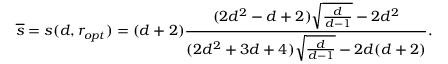
\overline { { s } } = s ( d , r _ { o p t } ) = ( d + 2 ) \frac { ( 2 d ^ { 2 } - d + 2 ) \sqrt { \frac { d } { d - 1 } } - 2 d ^ { 2 } } { ( 2 d ^ { 2 } + 3 d + 4 ) \sqrt { \frac { d } { d - 1 } } - 2 d ( d + 2 ) } .